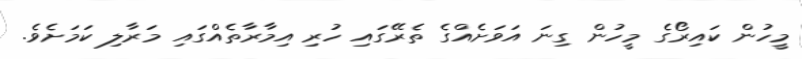
މީހުން ކައިރޯގެ މީހުން ގިނަ އަވަށެއްގެ ތެރޭގައި ހުރި އިމާރާތެއްގައި މަރާލި ކަމަށެވެ.